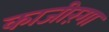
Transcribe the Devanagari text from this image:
काजीरंगा